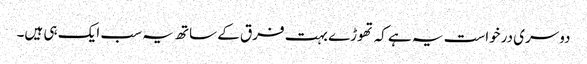
دوسری درخواست یہ ہے کہ تھوڑے بہت فرق کے ساتھ یہ سب ایک ہی ہیں۔